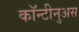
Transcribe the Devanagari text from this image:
कॉन्टीनुअस